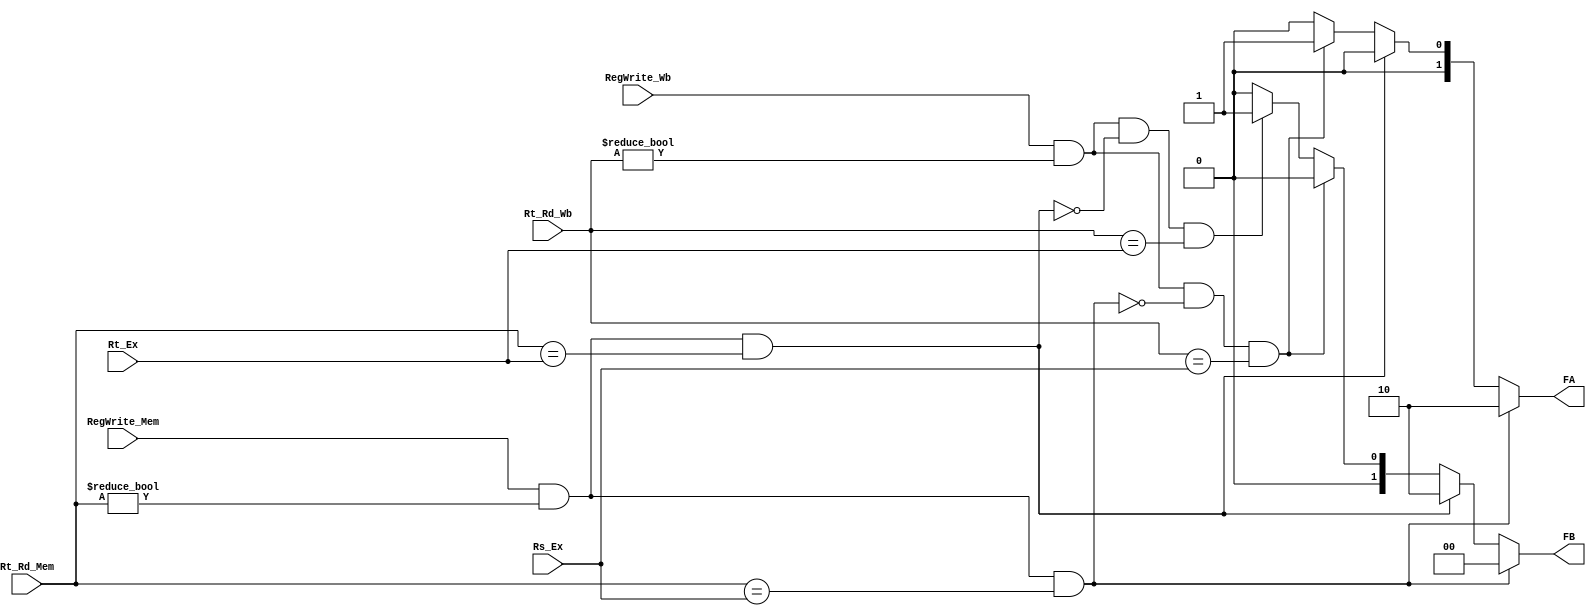
module FWD_UNIT (
    input wire [4:0] Rs_Ex,      //ID/EX.RegisterRs
    input wire [4:0] Rt_Ex,      //ID/EX.RegisterRt
    input wire [4:0] Rt_Rd_Mem,  //EX/MEM.RegisterRd
    input wire [4:0] Rt_Rd_Wb,   //MEM/WB.RegisterRd
    input wire RegWrite_Mem,     //EX/MEM.RegWrite
    input wire RegWrite_Wb,      //MEM/WB.RegWrite
    output reg [1:0] FA,
    output reg [1:0] FB );

always @(*)
  begin
       FA='b00;
       FB='b00;
    //EX Hazard
    if (RegWrite_Mem && (Rt_Rd_Mem!=0) && (Rt_Rd_Mem==Rs_Ex) )
       FA='b10;
    else if (RegWrite_Mem && (Rt_Rd_Mem!=0) && (Rt_Rd_Mem==Rt_Ex) )
       FB='b10;
    //MEM Hazard
    else if (RegWrite_Wb && (Rt_Rd_Wb!=0) && (!(RegWrite_Mem && (Rt_Rd_Mem!=0) && (Rt_Rd_Mem==Rs_Ex) ) ) && (Rt_Rd_Wb==Rs_Ex) )
       FA='b01;
    else if (RegWrite_Wb && (Rt_Rd_Wb!=0) && (!(RegWrite_Mem && (Rt_Rd_Mem!=0) && (Rt_Rd_Mem==Rt_Ex) ) ) && (Rt_Rd_Wb==Rt_Ex) )
       FB='b01;
    else
      begin
        FA='b00;
        FB='b00;
      end
  end

endmodule